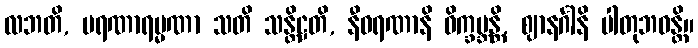
လဘတိ, မရဏာရမ္မဏာ သတိ သန္တိဋ္ဌတိ, နီဝရဏာနိ ဝိက္ခမ္ဘန္တိ, ဈာနင်္ဂါနိ ပါတုဘဝန္တိ။